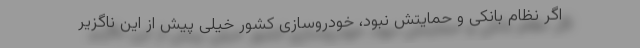
اگر نظام بانکی و حمایتش نبود، خودروسازی کشور خیلی پیش از این ناگزیر